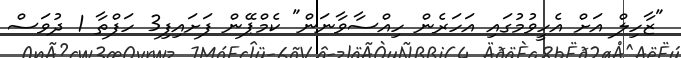
"ޒާހިލް އަށް އެހީވުމުގައި އަހަރެން ހިއްސާވާނަން" ކެމްޕޭން ފަށައިފި3 ހަފްތާ 1 ދުވަސް